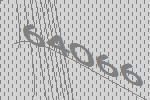
64066